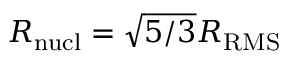
R _ { \mathrm { n u c l } } = \sqrt { 5 / 3 } R _ { \mathrm { R M S } }